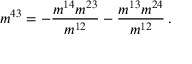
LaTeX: m ^ { 4 3 } = - \frac { m ^ { 1 4 } m ^ { 2 3 } } { m ^ { 1 2 } } - \frac { m ^ { 1 3 } m ^ { 2 4 } } { m ^ { 1 2 } } \, .